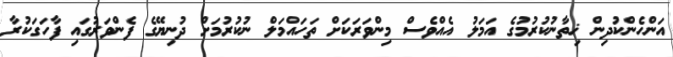
އަންހެންކުދިން ޚިތާނުކުރުމުގެ އަމަލު އެއްވެސް މިންވަރަކަށް ތަހައްމަލް ނުކުރުމަށް ދުނިޔޭގެ ފެންވަރުގައި ފާހަގަކުރާ